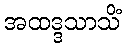
အထဒ္ဒသာသိံ